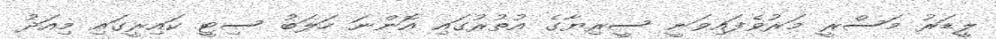
ލީޑަރު މަސްރީ މަރުވެފައިވަނީ ސީރިޔާގެ އުތުރުގައި އޮންނަ ހަލަބު ސިޓީ ކައިރީގައި މިއަދު